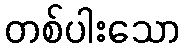
တစ်ပါးသော